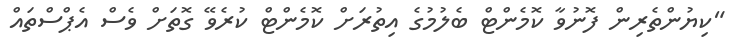
"ކިޔުންތެރިން ފޮނުވާ ކޮމެންޓް ބެލުމުގެ އިތުރަށް ކޮމެންޓް ކުރެވޭ ގޮތަށް ވެސް އެޕްސްތައް